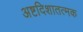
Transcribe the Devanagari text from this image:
अष्टदिशातत्मक